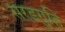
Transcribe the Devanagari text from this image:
सरडगुहि